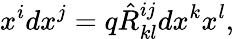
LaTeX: x^{i}dx^{j}=q\hat{R}_{kl}^{ij}dx^{k}x^{l},